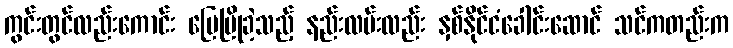
ကွင်းတွင်လည်းကောင်း မြေပြိုခဲ့သည့် နည်းလမ်းလည်း နှစ်နိုင်ငံခေါင်းဆောင် သင်ကတည်းက